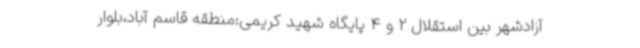
آزادشهر بین استقلال 2 و 4 پایگاه شهید کریمی:منطقه قاسم آباد،بلوار